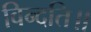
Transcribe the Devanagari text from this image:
विन्दति॥